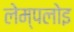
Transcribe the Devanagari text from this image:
लेम्पलोइ